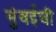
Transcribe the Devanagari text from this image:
मुुंबईची